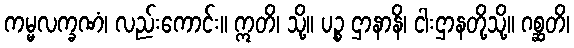
ကမ္မလက္ခဏံ၊ လည်းကောင်း။ ဣတိ၊ သို့။ ပဉ္စ ဌာနာနိ၊ ငါးဌာနတို့သို့။ ဂစ္ဆတိ၊